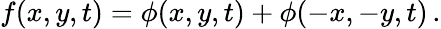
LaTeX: f(x,y,t)=\phi(x,y,t)+\phi(-x,-y,t)\, .